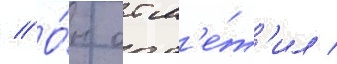
// О́н отм'е́т'ил /